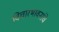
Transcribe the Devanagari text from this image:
विचारभावनांचे